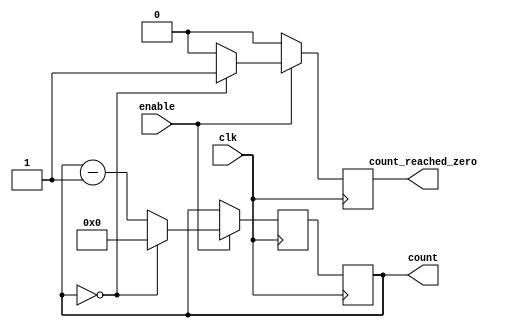
module binary_down_counter_enable (
  input wire clk,
  input wire enable,
  output reg [7:0] count,
  output reg count_reached_zero
);

reg [7:0] next_count;

always @(posedge clk) begin
  if (enable) begin
    if (count == 8'b0) begin
      next_count <= 8'b0;
      count_reached_zero <= 1;
    end
    else begin
      next_count <= count - 1;
      count_reached_zero <= 0;
    end
  end
  else begin
    next_count <= count;
    count_reached_zero <= 0;
  end
end

always @(posedge clk) begin
  count <= next_count;
end

endmodule